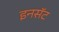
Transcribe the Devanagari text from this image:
इनसॅट